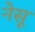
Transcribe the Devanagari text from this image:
नेसू